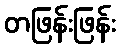
တဖြန်းဖြန်း